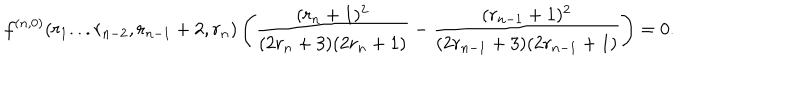
f ^ { ( n , 0 ) } ( r _ { 1 } . . . r _ { n - 2 } , r _ { n - 1 } + 2 , r _ { n } ) \left( \frac { ( r _ { n } + 1 ) ^ { 2 } } { ( 2 r _ { n } + 3 ) ( 2 r _ { n } + 1 ) } - \frac { ( r _ { n - 1 } + 1 ) ^ { 2 } } { ( 2 r _ { n - 1 } + 3 ) ( 2 r _ { n - 1 } + 1 ) } \right) = 0 .